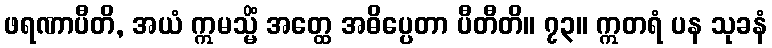
ဖရဏာပီတိ, အယံ ဣမသ္မိံ အတ္ထေ အဓိပ္ပေတာ ပီတီတိ။ ၇၃။ ဣတရံ ပန သုခနံ